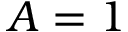
A = 1